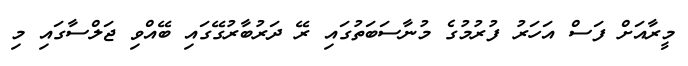
މީރާއަށް ފަސް އަހަރު ފުރުމުގެ މުނާސަބަތުގައި ރޭ ދަރުބާރުގޭގައި ބޭއްވި ޖަލްސާގައި މި